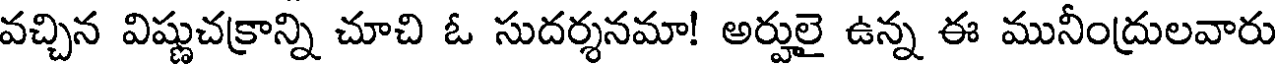
వచ్చిన విష్ణుచక్రాన్ని చూచి ఓ సుదర్శనమా! అర్హులై ఉన్న ఈ మునీంద్రులవారు